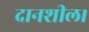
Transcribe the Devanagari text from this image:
दानशील।